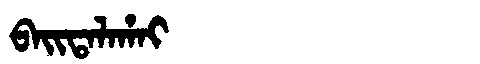
Manchu: ᠪᠠᡳᡨᠠᠯᠠᡥᠠᡳ
Romanization: BAITALAHAI